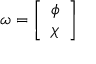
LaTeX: \omega = { \left[ \begin{array} { l } { \phi } \\ { \chi } \end{array} \right] }